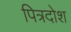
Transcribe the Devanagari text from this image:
पित्रदोश